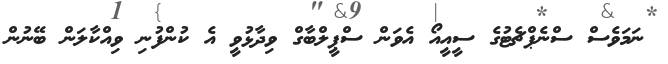
ނަމަވެސް ސްނެޕްޗެޓުގެ ސީއީއޯ އެވަން ސްޕީލްބާގް ވިދާޅުވީ އެ ކުންފުނި ވިއްކާލަން ބޭނުން